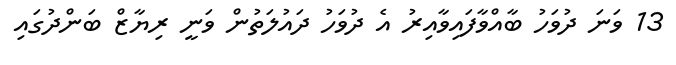
13 ވަނަ ދުވަހު ބާއްވާފައިވާއިރު އެ ދުވަހު ދައުލަތުން ވަނީ ރިޔާޒް ބަންދުގައި